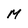
Character: M